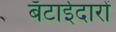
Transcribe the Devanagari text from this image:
बँटाईदारों